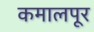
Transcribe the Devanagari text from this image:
कमालपूर